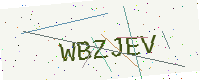
Text: WBZJEV